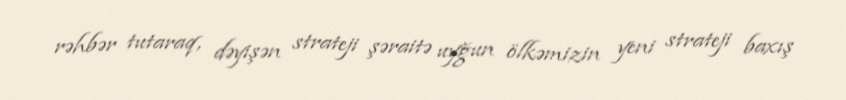
rəhbər tutaraq, dəyişən strateji şəraitə uyğun ölkəmizin yeni strateji baxış